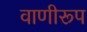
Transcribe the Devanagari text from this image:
वाणीरूप